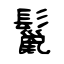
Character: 鬣